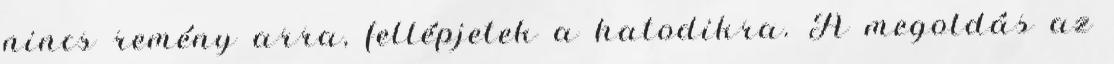
nincs remény arra, fellépjetek a hatodikra. A megoldás az